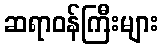
ဆရာဝန်ကြီးများ